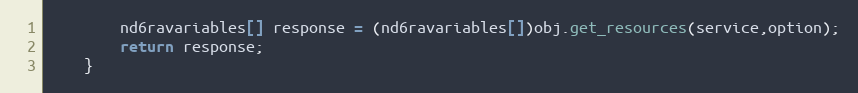
Language: Java
		nd6ravariables[] response = (nd6ravariables[])obj.get_resources(service,option);
		return response;
	}